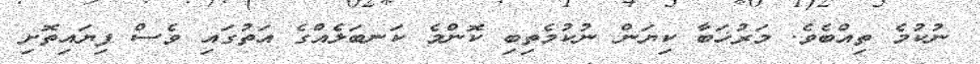
ނުކުމެ ތިއްބެވެ. މަރުޚަބާ ކިޔަން ނުކުމެތިބި ކޮންމެ ކަނބަލެއްގެ އަތުގައި ވެސް ފިޔައިތޮށި